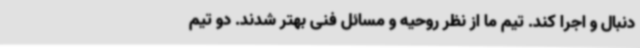
دنبال و اجرا کند. تیم ما از نظر روحیه و مسائل فنی بهتر شدند. دو تیم